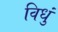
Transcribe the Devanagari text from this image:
विधुं